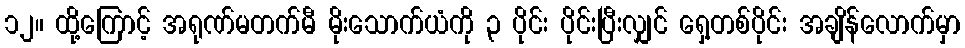
၁၂။ ထို့ကြောင့် အရုဏ်မတက်မီ မိုးသောက်ယံကို ၃ ပိုင်း ပိုင်းပြီးလျှင် ရှေ့တစ်ပိုင်း အချိန်လောက်မှာ